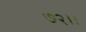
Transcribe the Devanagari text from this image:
७२।।